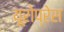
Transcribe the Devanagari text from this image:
यूरोप्रेस